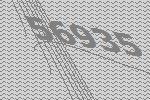
56935